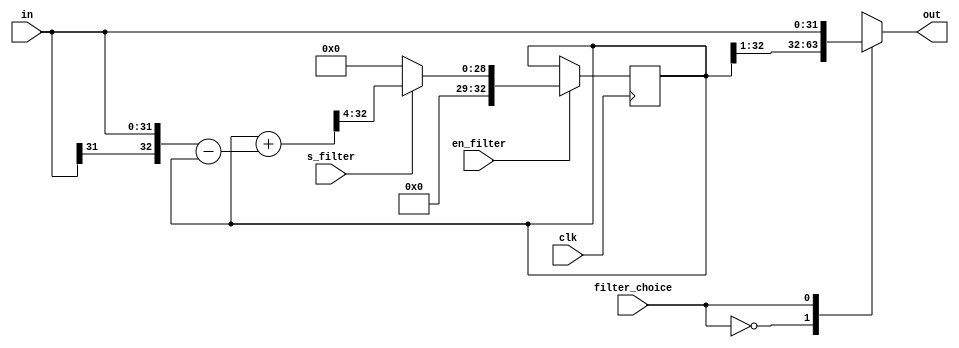
module datapath_filter (input clk,                     // 50 MHz clock
                        input en_filter,
                        input s_filter,
                        input signed [31:0] in,        // Input signal
                        input filter_choice,           // Whether filter is on or off
                        output reg signed [31:0] out); // Output signal after filtering
    
    /***************************************************************************
     * Parameter Declarations *
     ***************************************************************************/
    
    // Filter choices
    localparam FILTER_CHOICE_ON  = 0;
    localparam FILTER_CHOICE_OFF = 1;

    localparam LOGALPHA = 3;

    /***************************************************************************
     * Internal Wire and Register Declarations *
     ***************************************************************************/
    
    reg signed [32:0] filtered_out;
    
    /***************************************************************************
     * Sequential Logic *
     ***************************************************************************/
    
    always @(posedge clk)
        if (en_filter)
            if (s_filter)
                filtered_out <= (filtered_out + ({in[31], in} - filtered_out) >>> LOGALPHA) >> 1; 
            else
                filtered_out <= 0;
    
    /***************************************************************************
     * Combinational Logic *
     ***************************************************************************/

    always @(*)
        case (filter_choice)
            FILTER_CHOICE_ON:   out = filtered_out >> 1;
            FILTER_CHOICE_OFF:  out = in;
            default:            out = in;
        endcase
    
endmodule